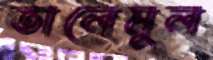
তালেমুল